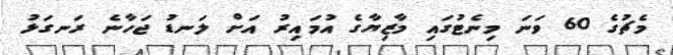
މެޗުގެ 60 ވަނަ މިނެޓުގައި މާޒިޔާގެ އުމައިރު އަށް ލަނޑު ޖަހާނެ ރަނގަޅު